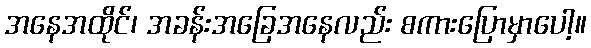
အနေအထိုင်၊ အခန်းအခြေအနေလည်း စကားပြောမှာပေါ့။